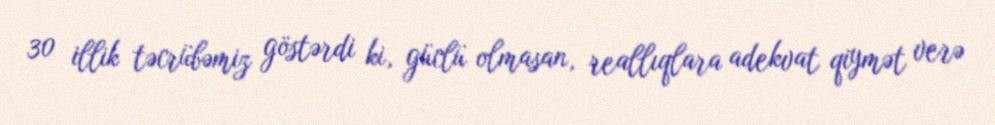
30 illik təcrübəmiz göstərdi ki, güclü olmasan, reallıqlara adekvat qiymət verə